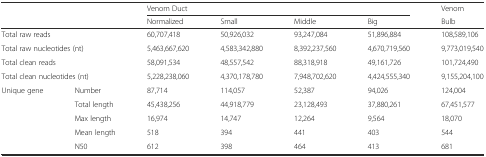
<table><thead><tr><td rowspan="2" colspan="2"></td><td colspan="4"><b>Venom Duct</b></td><td><b>Venom</b></td></tr><tr><td><b>Normalized</b></td><td><b>Small</b></td><td><b>Middle</b></td><td><b>Big</b></td><td><b>Bulb</b></td></tr></thead><tbody><tr><td colspan="2">Total raw reads</td><td>60,707,418</td><td>50,926,032</td><td>93,247,084</td><td>51,896,884</td><td>108,589,106</td></tr><tr><td colspan="2">Total raw nucleotides (nt)</td><td>5,463,667,620</td><td>4,583,342,880</td><td>8,392,237,560</td><td>4,670,719,560</td><td>9,773,019,540</td></tr><tr><td colspan="2">Total clean reads</td><td>58,091,534</td><td>48,557,542</td><td>88,318,918</td><td>49,161,726</td><td>101,724,490</td></tr><tr><td colspan="2">Total clean nucleotides (nt)</td><td>5,228,238,060</td><td>4,370,178,780</td><td>7,948,702,620</td><td>4,424,555,340</td><td>9,155,204,100</td></tr><tr><td rowspan="5">Unique gene</td><td>Number</td><td>87,714</td><td>114,057</td><td>52,387</td><td>94,026</td><td>124,004</td></tr><tr><td>Total length</td><td>45,438,256</td><td>44,918,779</td><td>23,128,493</td><td>37,880,261</td><td>67,451,577</td></tr><tr><td>Max length</td><td>16,974</td><td>14,747</td><td>12,264</td><td>9,564</td><td>18,070</td></tr><tr><td>Mean length</td><td>518</td><td>394</td><td>441</td><td>403</td><td>544</td></tr><tr><td>N50</td><td>612</td><td>398</td><td>464</td><td>413</td><td>681</td></tr></tbody></table>